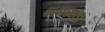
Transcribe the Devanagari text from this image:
अश्रव्यता